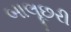
બાલૂછરી